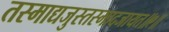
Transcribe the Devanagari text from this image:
तस्माद्यजुस्तस्मादजायत॥९॥